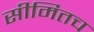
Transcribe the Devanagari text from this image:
सीमितच